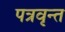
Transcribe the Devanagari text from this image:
पत्रवृन्त